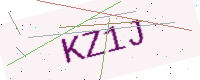
Text: KZ1J